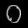
Digit: ၀